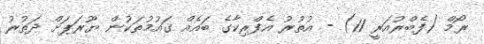
ރޯމް (ފެބްރުއަރީ 11) - އުތުރު އެފްރިކާގެ ބައެއް ގައުމުތަކުން ޔޫރަޕަށް ދަތުރު